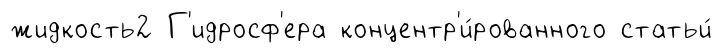
жидкость2 Г'идросф'ера концентр'и́рованного статьи́